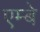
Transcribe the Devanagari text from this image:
एम्बे